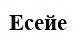
Есейе